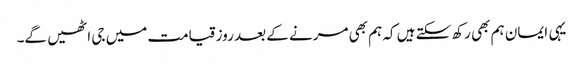
یہی ایمان ہم بھی رکھ سکتے ہیں کہ ہم بھی مرنے کے بعد روز قیامت میں جی اٹھیں گے۔